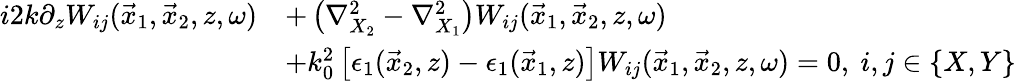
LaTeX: \begin{array}{rl}{i2k\partial_{z}W_{ij}(\vec{x}_{1},\vec{x}_{2},z,\omega)}&{+\left(\nabla_{X_{2}}^{2}-\nabla_{X_{1}}^{2}\right)W_{ij}(\vec{x}_{1},\vec{x}_{2},z,\omega)}\\ &{+k_{0}^{2}\left[\epsilon_{1}(\vec{x}_{2},z)-\epsilon_{1}(\vec{x}_{1},z)\right]W_{ij}(\vec{x}_{1},\vec{x}_{2},z,\omega)=0,~i,j\in\{ X,Y\} }\end{array}